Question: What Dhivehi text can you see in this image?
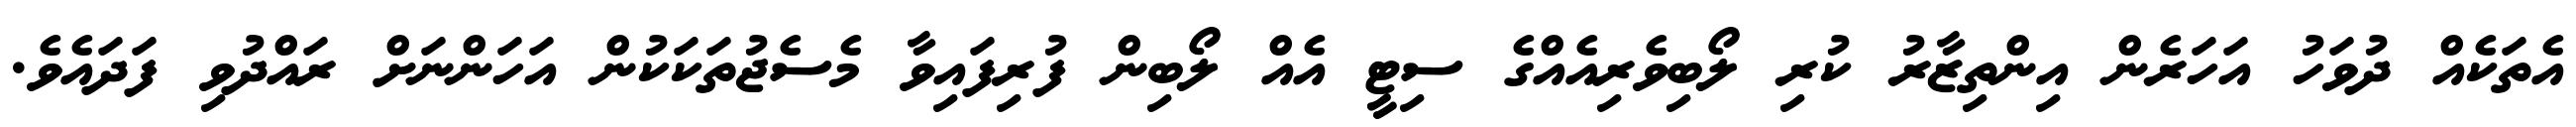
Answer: އެތަކެއް ދުވަހު އަހަރެން އިންތިޒާރު ކުރި ލޯބިވެރިއެއްގެ ސިޓީ އެއް ލޯބިން ފުރިފައިވާ މެސެޖުތަކަކުން އަހަންނަށް ރައްދުވި ފަދައެވެ.